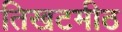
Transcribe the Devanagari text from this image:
तिखटमीठ